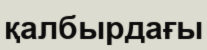
қалбырдағы